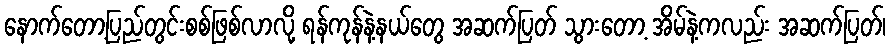
နောက်တော့ပြည်တွင်းစစ်ဖြစ်လာလို့ ရန်ကုန်နဲ့နယ်တွေ အဆက်ပြတ် သွားတော့ အိမ်နဲ့ကလည်း အဆက်ပြတ်၊